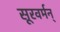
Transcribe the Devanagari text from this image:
सूरवर्मन्